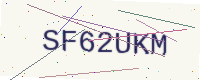
Text: SF62UKM